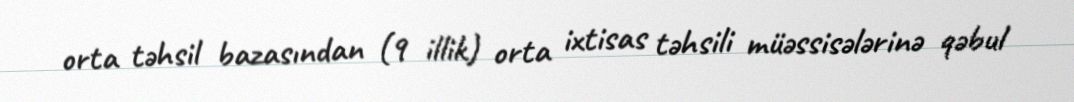
orta təhsil bazasından (9 illik) orta ixtisas təhsili müəssisələrinə qəbul